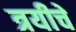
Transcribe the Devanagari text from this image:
त्रयीचे